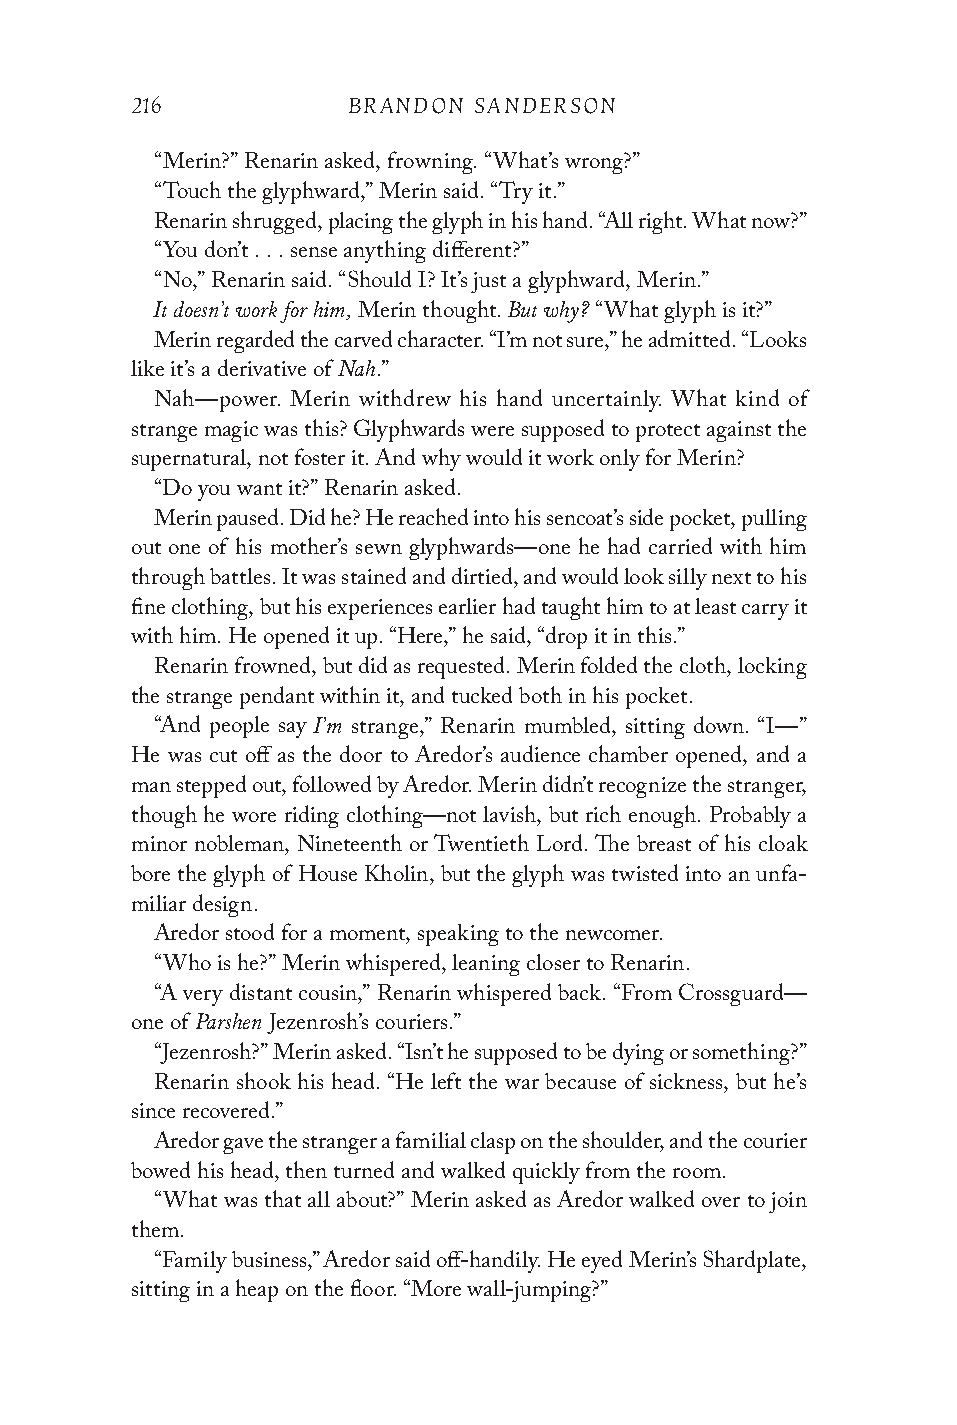
216           BRANDON SANDERSON
 “Merin?” Renarin asked, frowning. “What’s wrong?”
 “Touch the glyphward,” Merin said. “Try it.”
 Renarin shrugged, placing the glyph in his hand. “All right. What now?”
 “You don’t . . . sense anything different?”
 “No,” Renarin said. “Should I? It’s just a glyphward, Merin.”
 It doesn’t work for him, But why?
 Merin thought. “What glyph is it?”
 Merin regarded the carved character. “I’m not sure,” he admitted. “Looks
 Nah
 like it’s a derivative of .”
 Nah—power. Merin withdrew his hand uncertainly. What kind of
 strange magic was this? Glyphwards were supposed to protect against the
 supernatural, not foster it. And why would it work only for Merin?
 “Do you want it?” Renarin asked.
 Merin paused. Did he? He reached into his sencoat’s side pocket, pulling
 out one of his mother’s sewn glyphwards—one he had carried with him
 through battles. It was stained and dirtied, and would look silly next to his
 fine clothing, but his experiences earlier had taught him to at least carry it
 with him. He opened it up. “Here,” he said, “drop it in this.”
 Renarin frowned, but did as requested. Merin folded the cloth, locking
 the strange pendant within it, and tucked both in his pocket.
 I’m
 “And people say strange,” Renarin mumbled, sitting down. “I—”
 He was cut off as the door to Aredor’s audience chamber opened, and a
 man stepped out, followed by Aredor. Merin didn’t recognize the stranger,
 though he wore riding clothing—not lavish, but rich enough. Probably a
 minor nobleman, Nineteenth or Twentieth Lord. The breast of his cloak
 bore the glyph of House Kholin, but the glyph was twisted into an unfa-
 miliar design.
 Aredor stood for a moment, speaking to the newcomer.
 “Who is he?” Merin whispered, leaning closer to Renarin.
 “A very distant cousin,” Renarin whispered back. “From Crossguard—
 Parshen
 one of   Jezenrosh’s couriers.”
 “Jezenrosh?” Merin asked. “Isn’t he supposed to be dying or something?”
 Renarin shook his head. “He left the war because of sickness, but he’s
 since recovered.”
 Aredor gave the stranger a familial clasp on the shoulder, and the courier
 bowed his head, then turned and walked quickly from the room.
 “What was that all about?” Merin asked as Aredor walked over to join
 them.
 “Family business,” Aredor said off-handily. He eyed Merin’s Shardplate,
 sitting in a heap on the floor. “More wall-jumping?”